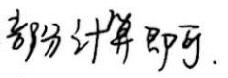
部分计算即可.